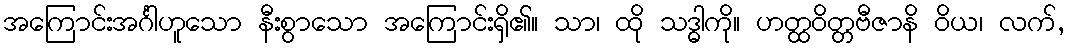
အကြောင်းအင်္ဂါဟူသော နီးစွာသော အကြောင်းရှိ၏။ သာ၊ ထို သဒ္ဓါကို။ ဟတ္ထဝိတ္တဗီဇာနိ ဝိယ၊ လက်,